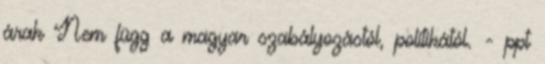
árak Nem függ a magyar szabályozástól, politikától. - ppt